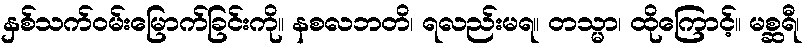
နှစ်သက်ဝမ်းမြောက်ခြင်းကို။ နစလဘတိ၊ ရလည်းမရ။ တသ္မာ၊ ထိုကြောင့်။ မစ္ဆရီ၊